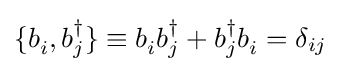
\{b_{i}^{\,},b_{j}^{\dagger }\}\equiv b_{i}^{\,}b_{j}^{\dagger }+b_{j}^{\dagger }b_{i}^{\,}=\delta _{ij}